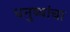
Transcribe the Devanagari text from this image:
धनुष्यांचा